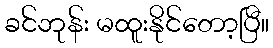
ခင်ဘုန်း မထူးနိုင်တော့ပြီ။